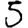
Digit: 5